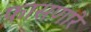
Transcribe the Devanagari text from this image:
फासणारे